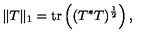
\| T \| _ { 1 } = \mathrm { t r } \left( ( T ^ { * } T ) ^ { \frac { 1 } { 2 } } \right) ,